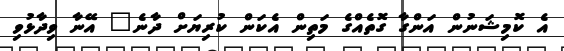
އެ ކޮމިޝަނުން އަންގާ ގޮތެއްގެ މަތިން އެކަން ކުރިޔަށް ދާނެ" އޭނާ ވިދާޅުވި